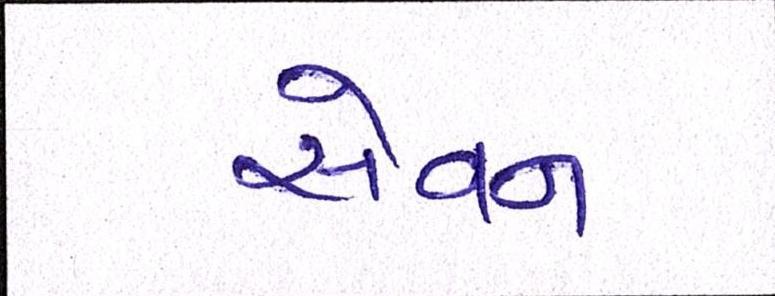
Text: સેવન